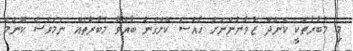
މި މުބާރާތަކީ ކެންދޫ ޒުވާނުންނަށް ހާއްސަ ކޮށްގެން ބާއްވާ މުބާރާތެއް ނަމަވެސް ކޮންމެ